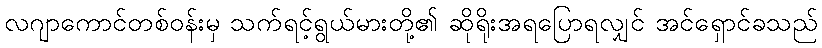
လဂျာကောင်တစ်ဝန်းမှ သက်ရင့်ရွယ်မားတို့၏ ဆိုရိုးအရပြောရလျှင် အင်ရှောင်ခသည်